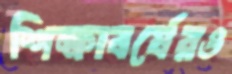
শিক্ষাবর্ষেরও